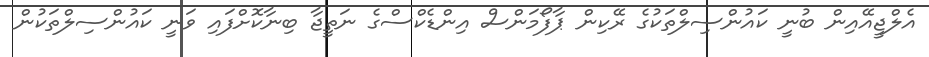
އެލްޖީއޭއިން ބުނީ ކައުންސިލްތަކުގެ ރޭކިން ޕާފޯމަންސް އިންޑެކްސްގެ ނަތީޖާ ބިނާކޮށްފައި ވަނީ ކައުންސިލްތަކުން